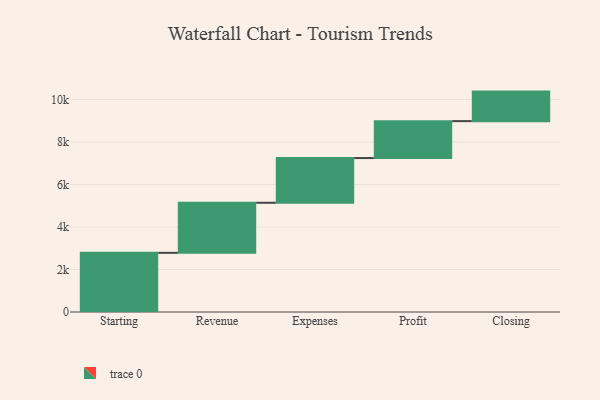
{"axis": {"x": "Step", "y": "Value"}, "legend": [""], "data": [{"x": "Starting", "y": 2785.0, "type": ""}, {"x": "Revenue", "y": 2358.0, "type": ""}, {"x": "Expenses", "y": 2104.0, "type": ""}, {"x": "Profit", "y": 1739.0, "type": ""}, {"x": "Closing", "y": 1390.0, "type": ""}]}